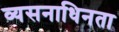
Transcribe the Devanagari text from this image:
व्यसनाधिनता